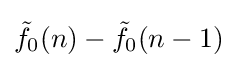
{\tilde {f}}_{0}(n)-{\tilde {f}}_{0}(n-1)